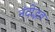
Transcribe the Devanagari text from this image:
नंदोद्भव